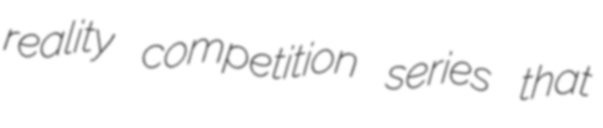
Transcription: reality competition series that